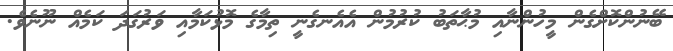
ބޭނުންކޮށްގެން މީހުންނާއި މުޙާތަބު ކުރުމުން އެއެނގެނީ ތިމާގެ މޮޅުކަމާއި ވަރުގަދަ ކަމެއް ނޫނެވެ.